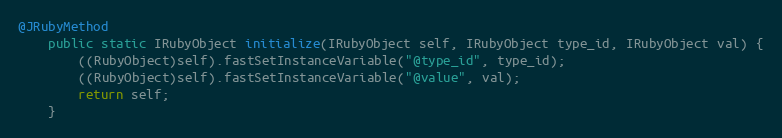
Language: Java
@JRubyMethod
    public static IRubyObject initialize(IRubyObject self, IRubyObject type_id, IRubyObject val) {
        ((RubyObject)self).fastSetInstanceVariable("@type_id", type_id);
        ((RubyObject)self).fastSetInstanceVariable("@value", val);
        return self;
    }